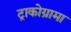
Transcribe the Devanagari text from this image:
ट्राकोग्रामा